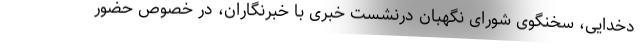
دخدایی، سخنگوی شورای نگهبان درنشست خبری با خبرنگاران، در خصوص حضور